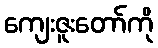
ကျေးဇူးတော်ကို